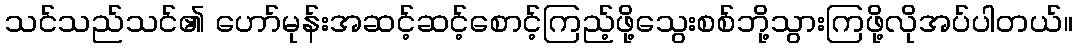
သင်သည်သင်၏ ဟော်မုန်းအဆင့်ဆင့်စောင့်ကြည့်ဖို့သွေးစစ်ဘို့သွားကြဖို့လိုအပ်ပါတယ်။